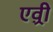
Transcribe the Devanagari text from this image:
एव़्री